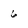
Character: 6